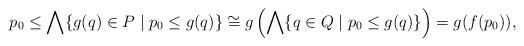
LaTeX: \begin{align*} p_0\leq \bigwedge\{g(q)\in P\mid p_0\leq g(q)\}\cong g\left(\bigwedge\{q\in Q\mid p_0\leq g(q)\}\right)= g(f(p_0)),\end{align*}